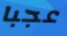
عجبا